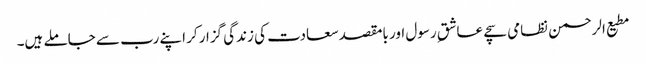
مطیع الرحمن نظامی سچے عاشقِ رسول اور بامقصد سعادت کی زندگی گزار کر اپنے رب سے جاملے ہیں۔